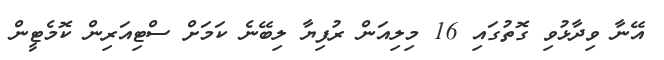
އޭނާ ވިދާޅުވި ގޮތުގައި 16 މިލިއަން ރުފިޔާ ލިބޭނެ ކަމަށް ސްޓިއަރިން ކޮމެޓީން